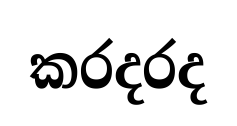
කරදරද